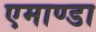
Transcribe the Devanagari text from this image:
एमाण्डा